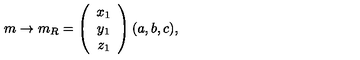
m \rightarrow m _ { R } = \left( \begin{array} { c } { x _ { 1 } } \\ { y _ { 1 } } \\ { z _ { 1 } } \\ \end{array} \right) ( a , b , c ) ,